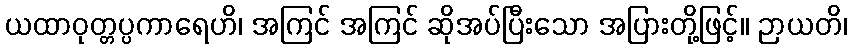
ယထာဝုတ္တပ္ပကာရေဟိ၊ အကြင် အကြင် ဆိုအပ်ပြီးသော အပြားတို့ဖြင့်။ ဉာယတိ၊